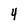
Character: 4